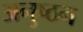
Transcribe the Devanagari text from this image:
अनुष्ठन